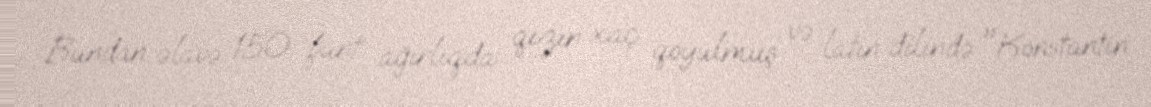
Bundan əlavə 150 funt ağırlıqda qızın xaç qoyulmuş və latın dilində "Konstantin